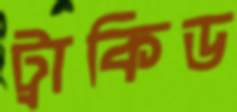
ট্রাকিড